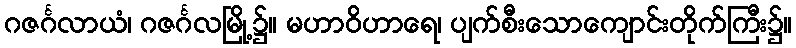
ဂဇင်္ဂလာယံ၊ ဂဇင်္ဂလမြို့၌။ မဟာဝိဟာရေ၊ ပျက်စီးသောကျောင်းတိုက်ကြီး၌။